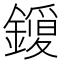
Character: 𮣈